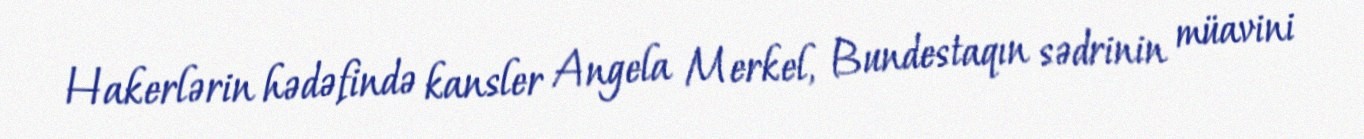
Hakerlərin hədəfində kansler Angela Merkel, Bundestaqın sədrinin müavini